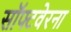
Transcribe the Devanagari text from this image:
सॉफ्टवेरना